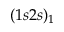
( 1 s 2 s ) _ { 1 }